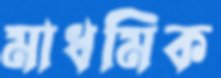
মাধমিক